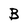
Character: B